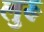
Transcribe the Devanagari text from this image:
लुरू